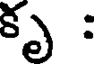
కృ :